Indian journal of veterinary science and animal husbandry - Volume 13,
Year: 1943
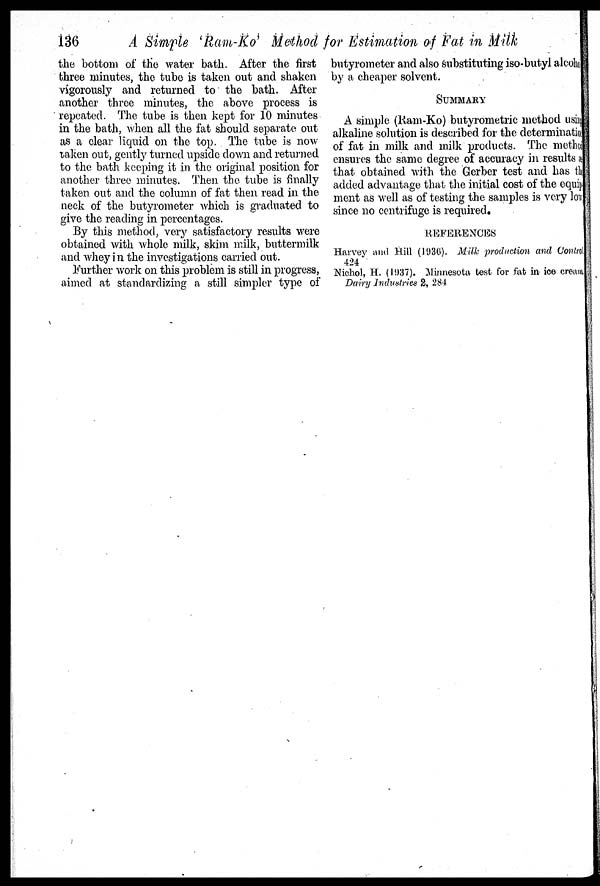
136
A Simple ' Ram-Ko ' Method for Estimation of Fat in Milk
the bottom of the water bath. After the first
three minutes, the tube is taken out and shaken
vigorously and returned to the bath. After
another three minutes, the above process is
repeated. The tube is then kept for 10 minutes
in the bath, when all the fat should separate out
as a clear liquid on the top. The tube is now
taken out, gently turned upside down and returned
to the bath keeping it in the original position for
another three minutes. Then the tube is finally
taken out and the column of fat then read in the
neck of the butyrometer which is graduated to
give the reading in percentages.
By this method, very satisfactory results were
obtained with whole milk, skim milk, buttermilk
and whey in the investigations carried out.
Further work on this problem is still in progress,
aimed at standardizing a still simpler type of
butyrometer and also substituting iso-butyl alcoho
by a cheaper solvent.
SUMMARY
A simple (Ram-Ko) butyrometric method using
alkaline solution is described for the determination
of fat in milk and milk products. The method
ensures the same degree of accuracy in results as
that obtained with the Gerber test and has the
added advantage that the initial cost of the equip
ment as well as of testing the samples is very low
since no centrifuge is required.
REFERENCES
Harvey and Hill (1936). Milk production and Control
424
Nichol, H. (1937). Minnesota test for fat in ice cream
Dairy Industries 2, 284